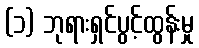
(၁) ဘုရားရှင်ပွင့်ထွန်းမှု